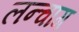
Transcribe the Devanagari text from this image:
लन्चाग